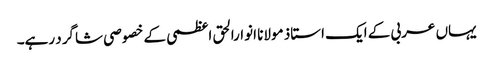
یہاں عربی کے ایک استاذ مولانا انوارالحق اعظمی کے خصوصی شاگرد رہے۔